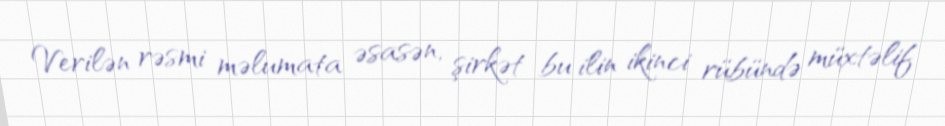
Verilən rəsmi məlumata əsasən, şirkət bu ilin ikinci rübündə müxtəlif